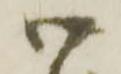
御